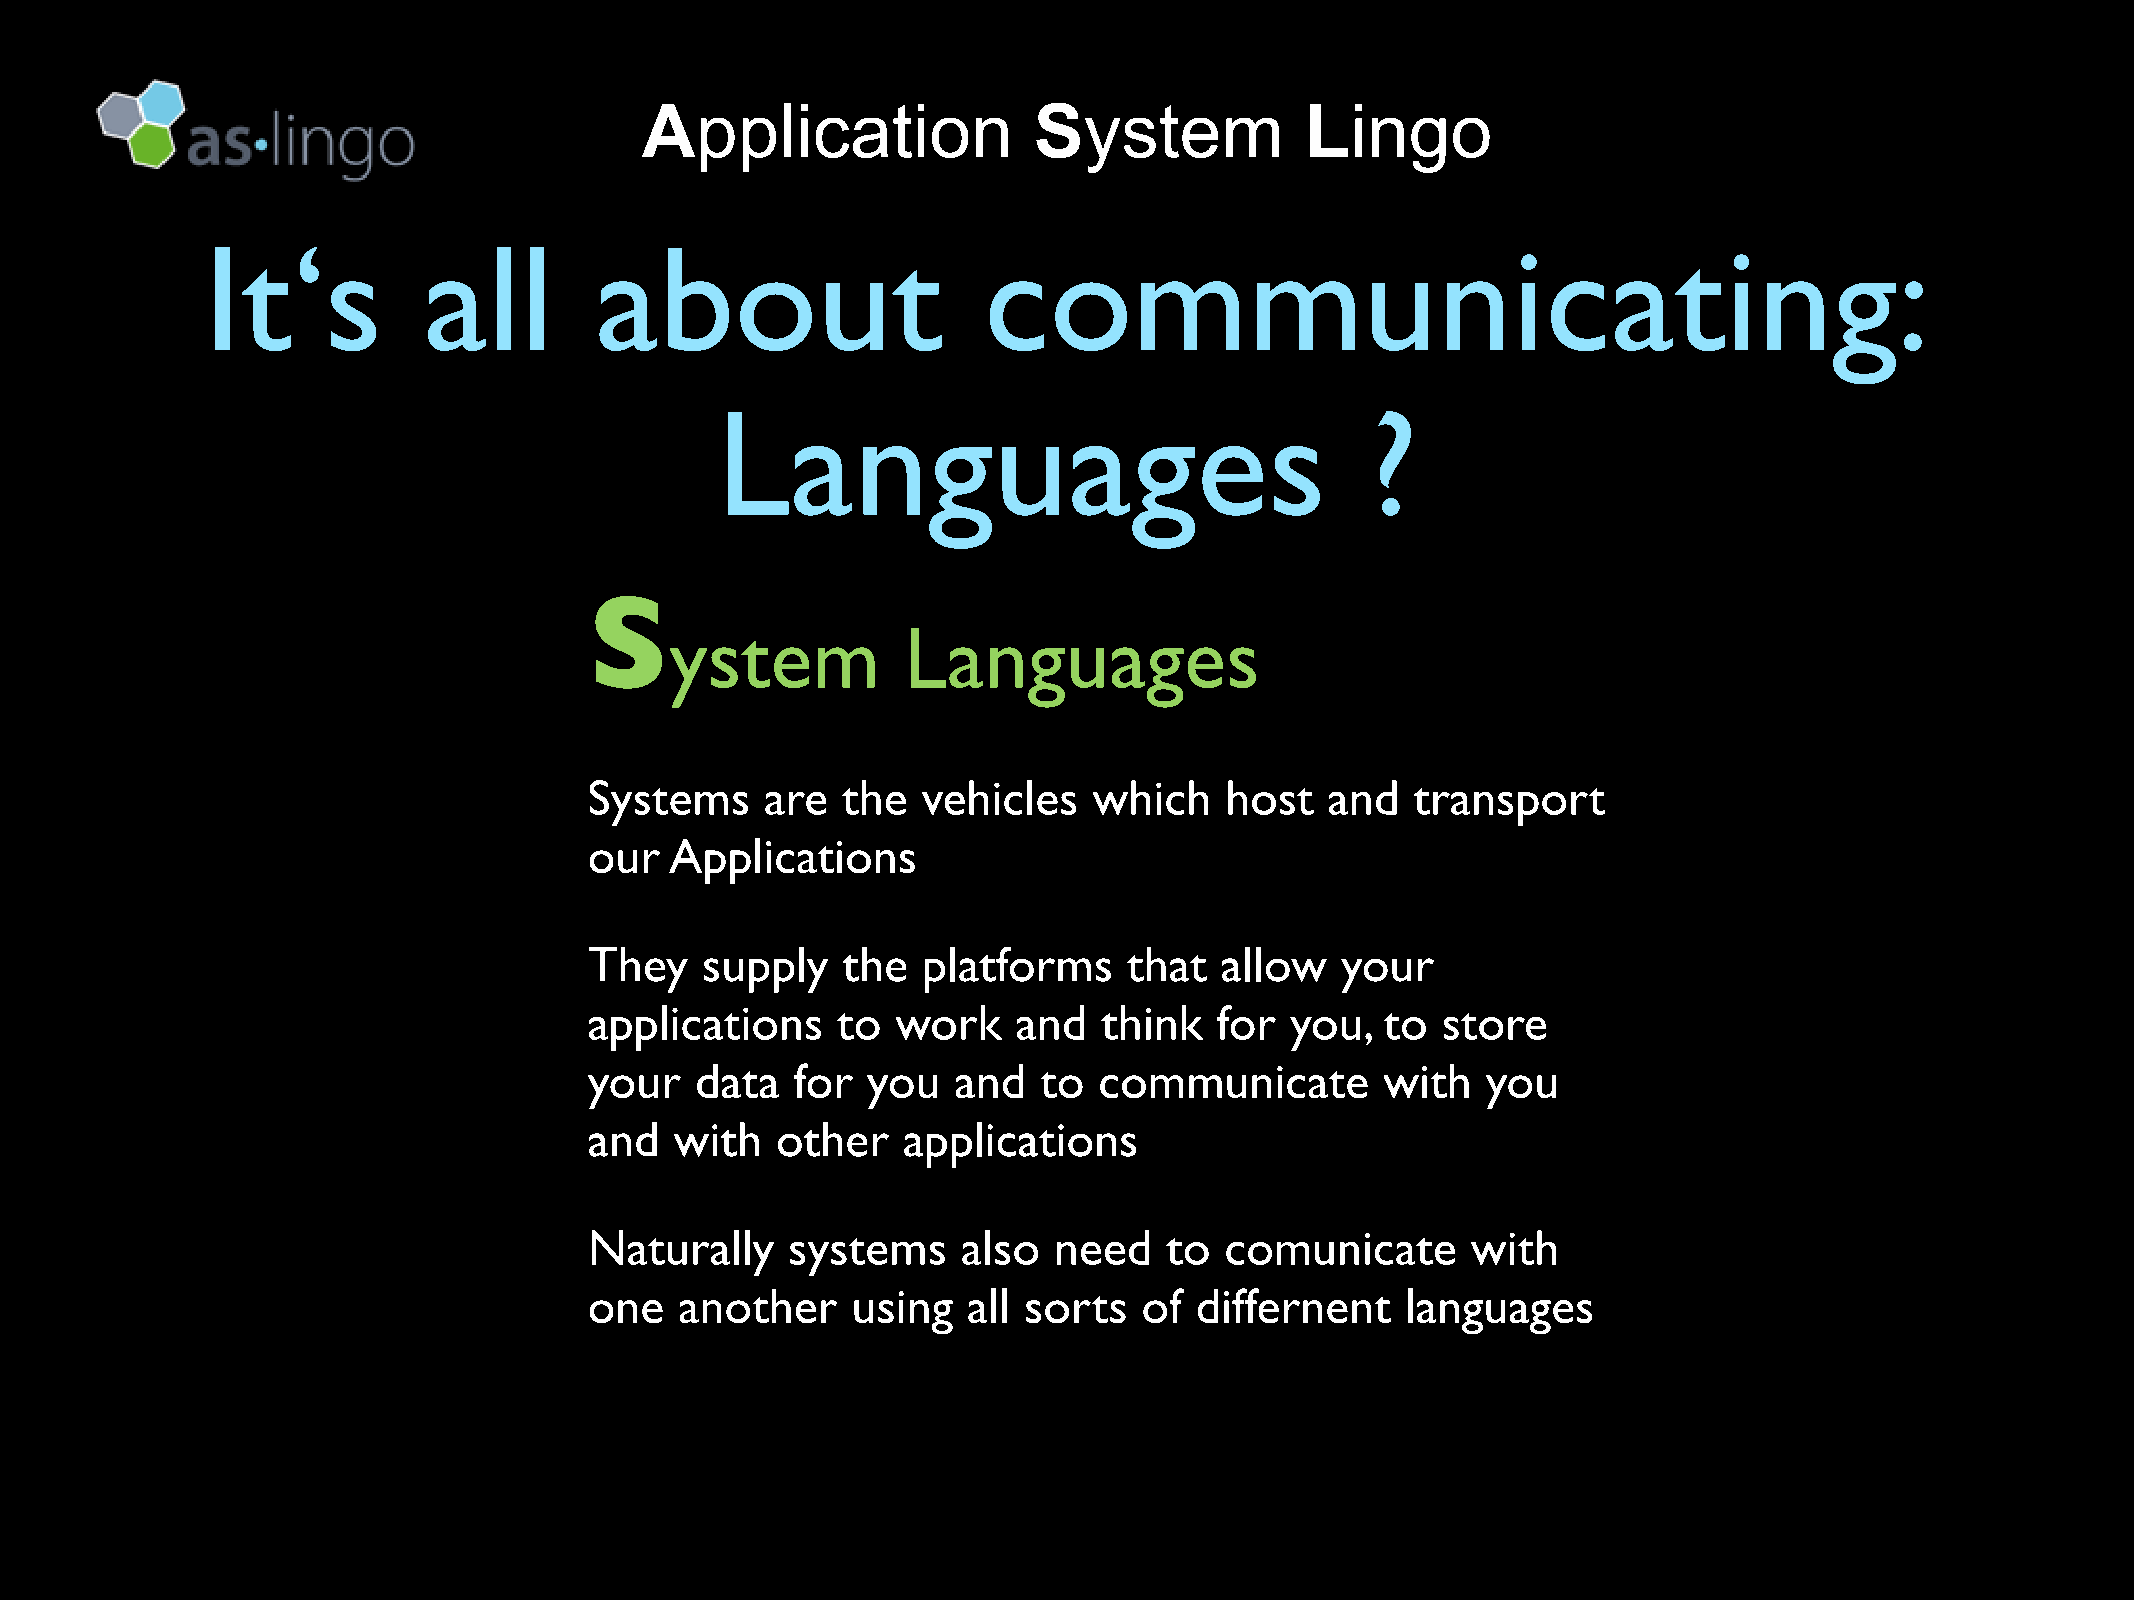
Application               System            Lingo
 It‘s          all        about                     communicating:
 Languages                                   ?
 S
 ystem           Languages
 Systems     are  the  vehicles   which    host   and   transport
 our  Applications
 They   supply    the  platforms     that  allow   your
 applications    to  work    and   think   for you,   to store
 your   data   for you   and   to  communicate        with  you
 and   with  other    applications
 Naturally    systems     also  need   to  comunicate      with
 one   another    using   all sorts   of differnent    languages